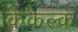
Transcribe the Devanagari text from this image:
केकैल्क